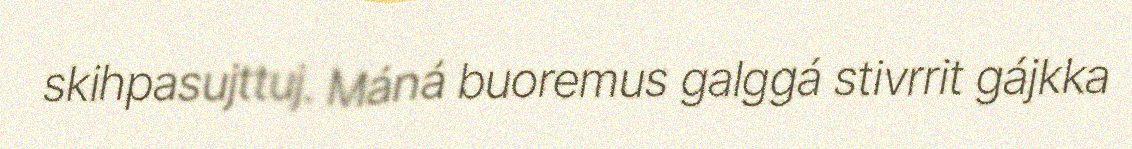
skihpasujttuj. Máná buoremus galggá stivrrit gájkka